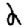
Digit: 2